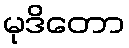
မုဒိတော